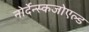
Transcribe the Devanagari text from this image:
नोर्देन्स्कजोएल्ड